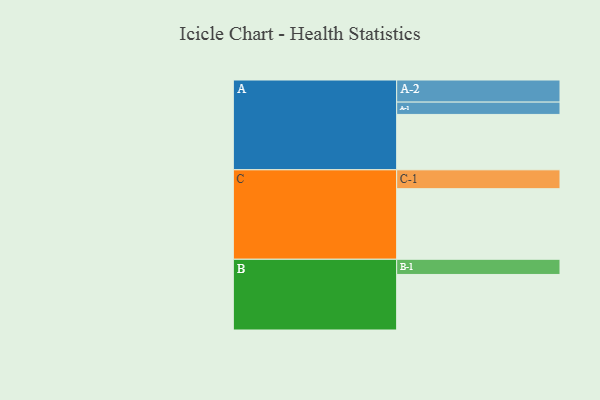
{"axis": {"x": "Segment", "y": "Value"}, "legend": ["", "A", "B", "C"], "data": [{"x": "A", "y": 328, "type": ""}, {"x": "B", "y": 329, "type": ""}, {"x": "C", "y": 418, "type": ""}, {"x": "A-1", "y": 73, "type": "A"}, {"x": "A-2", "y": 131, "type": "A"}, {"x": "B-1", "y": 90, "type": "B"}, {"x": "C-1", "y": 112, "type": "C"}]}